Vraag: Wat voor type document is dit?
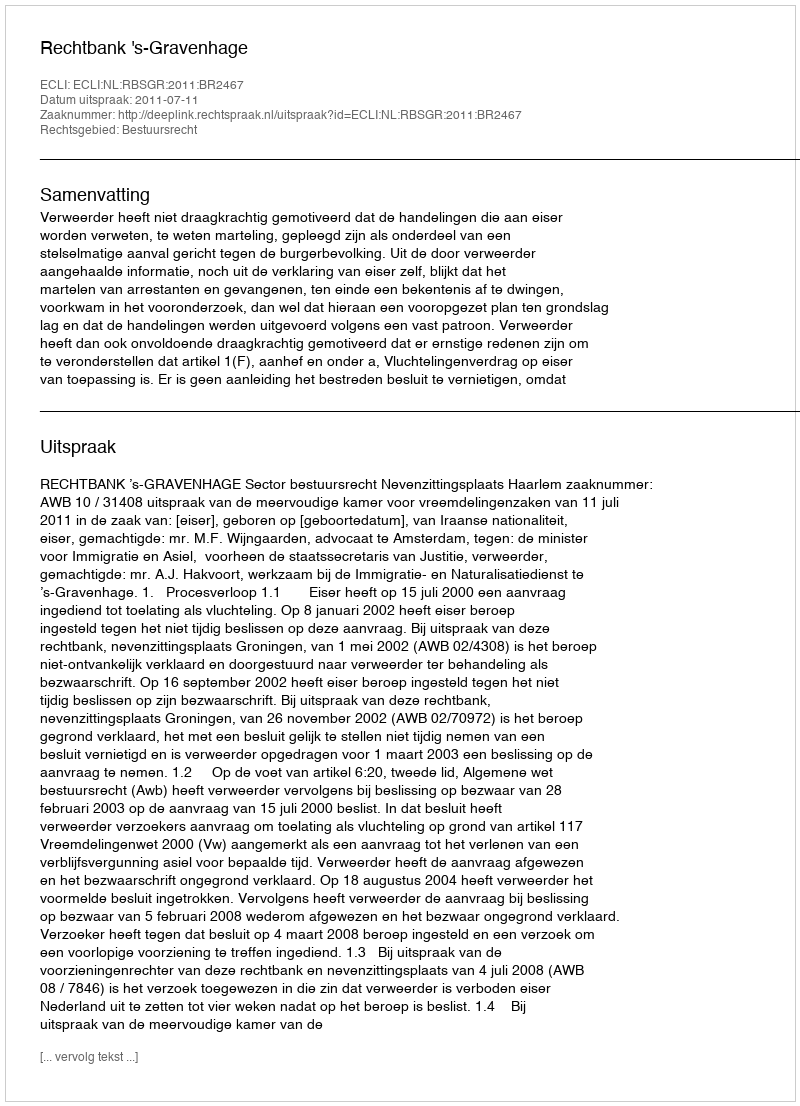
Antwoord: Uitspraak